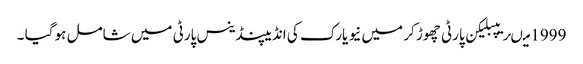
1999 میںریپبلیکن پارٹی چھوڑ کر میں نیو یارک کی انڈیپنڈینس پارٹی میں شامل ہو گیا ۔